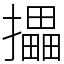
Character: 攂